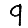
Digit: 9